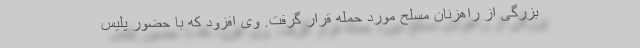
بزرگی از راهزنان مسلح مورد حمله قرار گرفت. وی افزود که با حضور پلیس